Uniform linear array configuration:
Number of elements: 64
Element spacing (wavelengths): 0.25
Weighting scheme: blackman
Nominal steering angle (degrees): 60
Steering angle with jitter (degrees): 61.197
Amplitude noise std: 0.05
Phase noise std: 0.05

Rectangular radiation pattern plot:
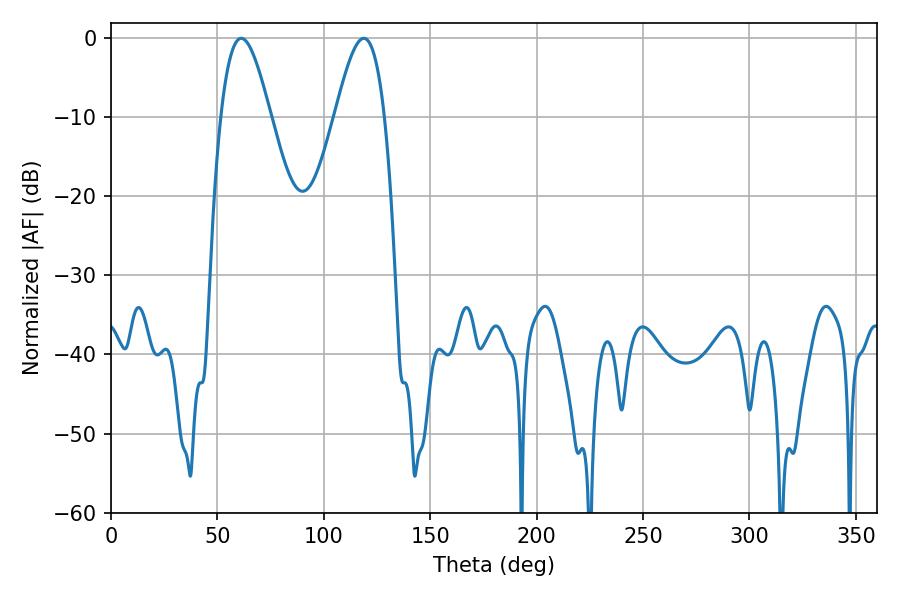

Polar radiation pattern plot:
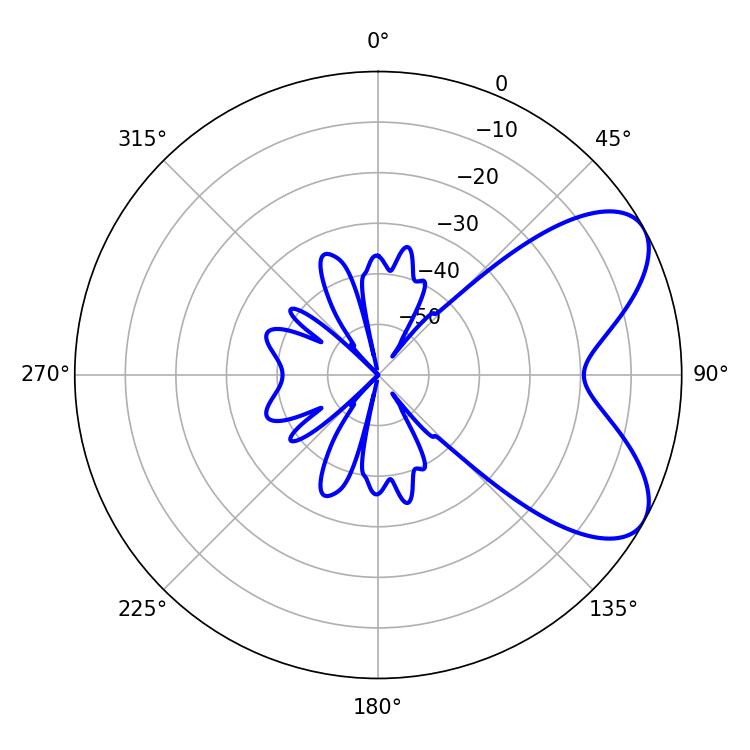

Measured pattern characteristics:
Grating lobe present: FALSE
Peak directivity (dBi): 6.691
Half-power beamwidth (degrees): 12.42
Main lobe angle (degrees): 61.2